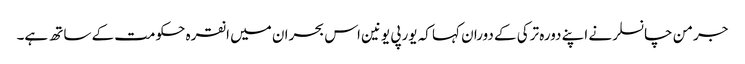
جرمن چانسلر نے اپنے دورہ ترکی کے دوران کہا کہ یورپی یونین اس بحران میں انقرہ حکومت کے ساتھ ہے۔